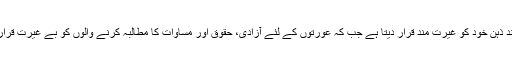
قدامت پسند ذہن خود کو غیرت مند قرار دیتا ہے جب کہ عورتوں کے لئے آزادی، حقوق اور مساوات کا مطالبہ کرنے والوں کو بے غیرت قرار دیتا ہے۔